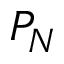
P _ { N }